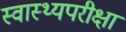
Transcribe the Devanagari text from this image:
स्वास्थ्यपरीक्षा